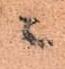
ニ